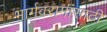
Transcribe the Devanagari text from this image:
भार्गवरामांसाठी